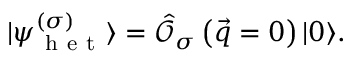
| \psi _ { \mathrm { ~ h ~ e ~ t ~ } } ^ { \left( \sigma \right) } \rangle = \hat { \mathcal { O } } _ { \sigma } \left( \vec { q } = 0 \right) | 0 \rangle .